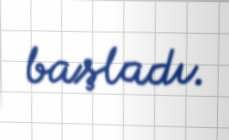
başladı.